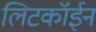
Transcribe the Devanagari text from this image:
लिटकॉईन